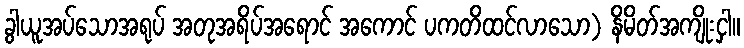
ခွါယူအပ်သောအရုပ် အတုအရိပ်အရောင် အကောင် ပကတိထင်လာသော) နိမိတ်အကျိုးငှါ။